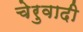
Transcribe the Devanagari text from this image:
चेरुवादी